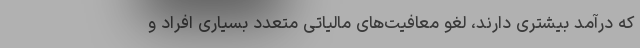
که درآمد بیشتری دارند، لغو معافیت‌های مالیاتی متعدد بسیاری افراد و